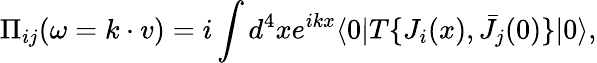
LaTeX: \Pi_{ij}(\omega=k\cdot v)=i\int d^{4}xe^{ikx}\langle 0|T\{ J_{i}(x),\bar{J}_{j}(0)\} |0\rangle,